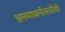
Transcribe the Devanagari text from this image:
भ्रमणध्वनीसाठीची